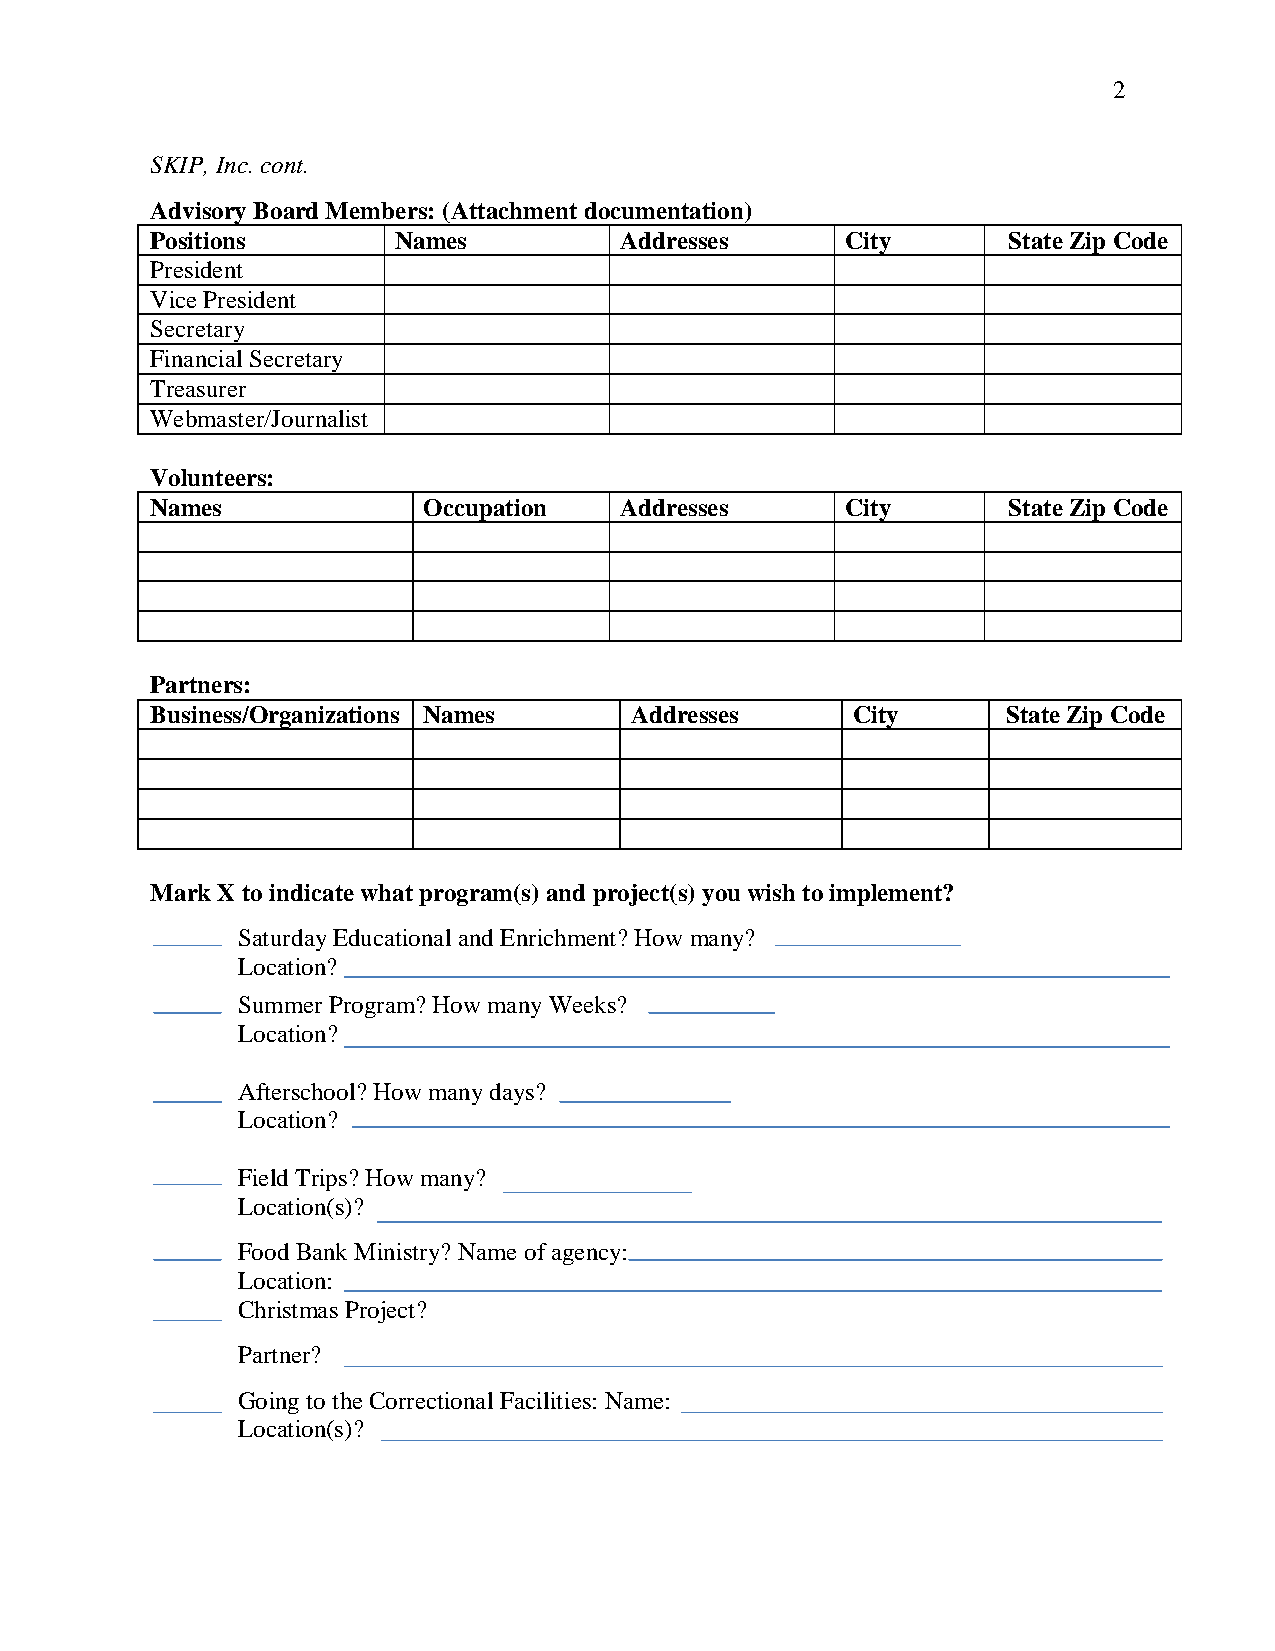
2
 SKIP, Inc. cont.
 Advisory Board Members: (Attachment documentation)
 Positions       Names          Addresses      City       State Zip Code
 President
 Vice President
 Secretary
 Financial Secretary
 Treasurer
 Webmaster/Journalist
 Volunteers:
 Names             Occupation   Addresses      City       State Zip Code
 Partners:
 Business/Organizations Names    Addresses     City       State Zip Code
 Mark X to indicate what program(s) and project(s) you wish to implement?
 Saturday Educational and Enrichment? How many?
 Location?
 Summer Program? How many Weeks?
 Location?
 Afterschool? How many days?
 Location?
 Field Trips? How many?
 Location(s)?
 Food Bank Ministry? Name of agency:
 Location:
 Christmas Project?
 Partner?
 Going to the Correctional Facilities: Name:
 Location(s)?